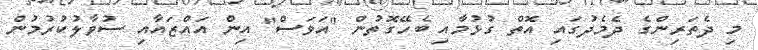
މި ދެތަރިންގެ ދެމެދުގައި އޮތް ގުޅުމާއި ބެހޭގޮތުން "އަވަސް" އިން އައްޒައާއި ސުވާލުކުރުމުން